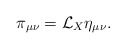
\begin{align*} \pi_{\mu\nu}=\mathcal{L}_X\eta_{\mu\nu}.\end{align*}